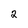
Character: 2